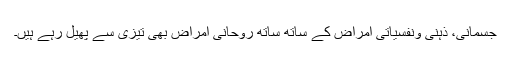
جسمانی، ذہنی ونفسیاتی امراض کے ساتھ ساتھ روحانی امراض بھی تیزی سے پھیل رہے ہیں۔